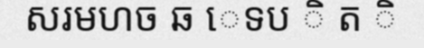
សរមហច ឆ េទប ិ ត ិ